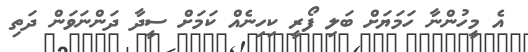
އެ މީހުންނާ ހަމަޔަށް ބަލި ފޯރީ ކިހިނެއް ކަމަށް ސީދާ ދަންނަވަން ދަތި